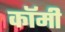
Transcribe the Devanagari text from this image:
कॉमी